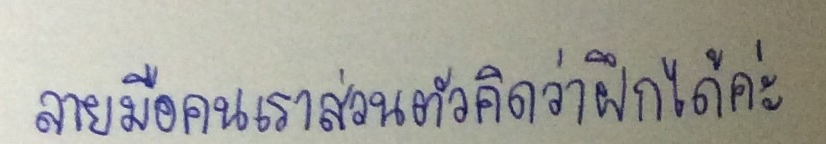
ลายมือคนเราส่วนตัวคิดว่าฝึกได้ค่ะ